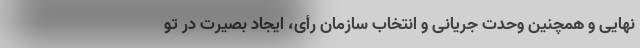
نهایی و همچنین وحدت جریانی و انتخاب سازمان رأی، ایجاد بصیرت در تو